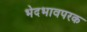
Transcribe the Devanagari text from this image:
भेदभावपरक